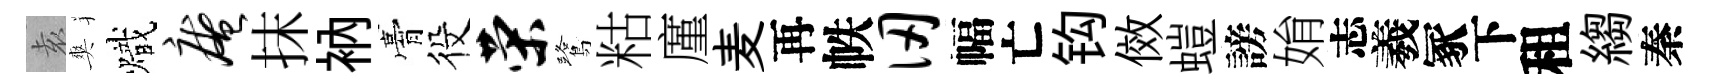
𡊮爽熾庵抹衲膏役荣鷺䊀廑麦再帙仞幅亡钩傚螘謗姢志羲冢下租縐秦